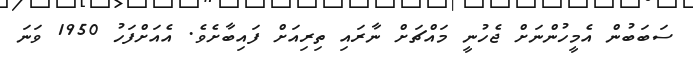
ސަބަބުން އެމީހުންނަށް ޖެހުނީ މައްޗަށް ނާރައި ތިރިއަށް ފައިބާށެވެ. އެއަށްފަހު 1950 ވަނަ